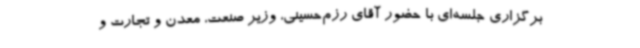
برگزاری جلسه‌ای با حضور آقای رزم‌حسینی، وزیر صنعت، معدن و تجارت و